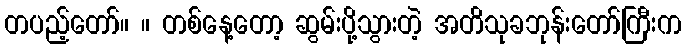
တပည့်တော်။ ။ တစ်နေ့တော့ ဆွမ်းပို့သွားတဲ့ အတိသုခဘုန်းတော်ကြီးက